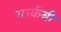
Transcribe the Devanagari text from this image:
मार्कबी